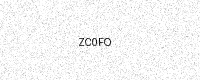
Text: ZC0FO